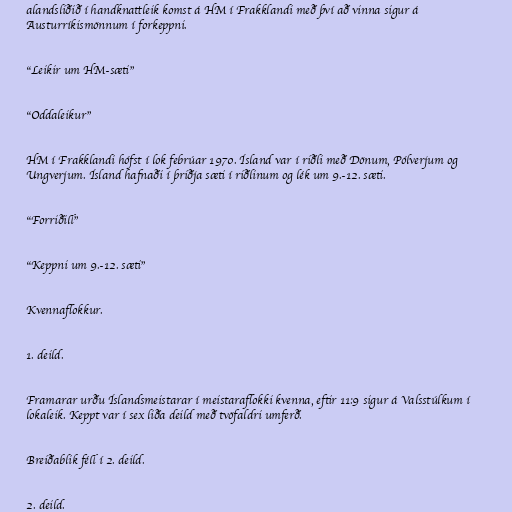
alandsliðið í handknattleik komst á HM í Frakklandi með því að vinna sigur á
Austurríkismönnum í forkeppni.

"Leikir um HM-sæti"

"Oddaleikur"

HM í Frakklandi hófst í lok febrúar 1970. Ísland var í riðli með Dönum, Pólverjum og
Ungverjum. Ísland hafnaði í þriðja sæti í riðlinum og lék um 9.-12. sæti.

"Forriðill"

"Keppni um 9.-12. sæti"

Kvennaflokkur.

1. deild.

Framarar urðu Íslandsmeistarar í meistaraflokki kvenna, eftir 11:9 sigur á Valsstúlkum í
lokaleik. Keppt var í sex liða deild með tvöfaldri umferð.

Breiðablik féll í 2. deild.

2. deild.